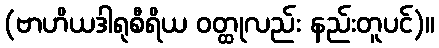
(ဗာဟိယဒါရုစီရိယ ဝတ္ထုလည်း နည်းတူပင်)။